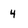
Character: 4